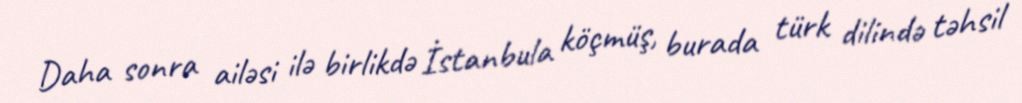
Daha sonra ailəsi ilə birlikdə İstanbula köçmüş, burada türk dilində təhsil